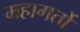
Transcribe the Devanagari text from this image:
महागर्तो